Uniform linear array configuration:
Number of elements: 32
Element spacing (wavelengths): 0.25
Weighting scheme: hann
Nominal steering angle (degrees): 15
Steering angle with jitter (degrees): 13.621
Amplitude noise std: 0.05
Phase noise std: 0.05

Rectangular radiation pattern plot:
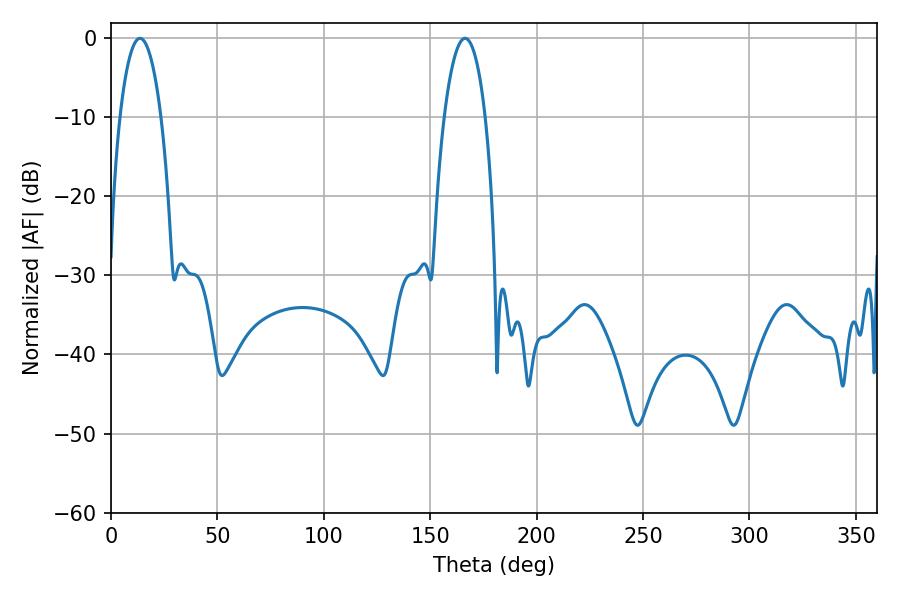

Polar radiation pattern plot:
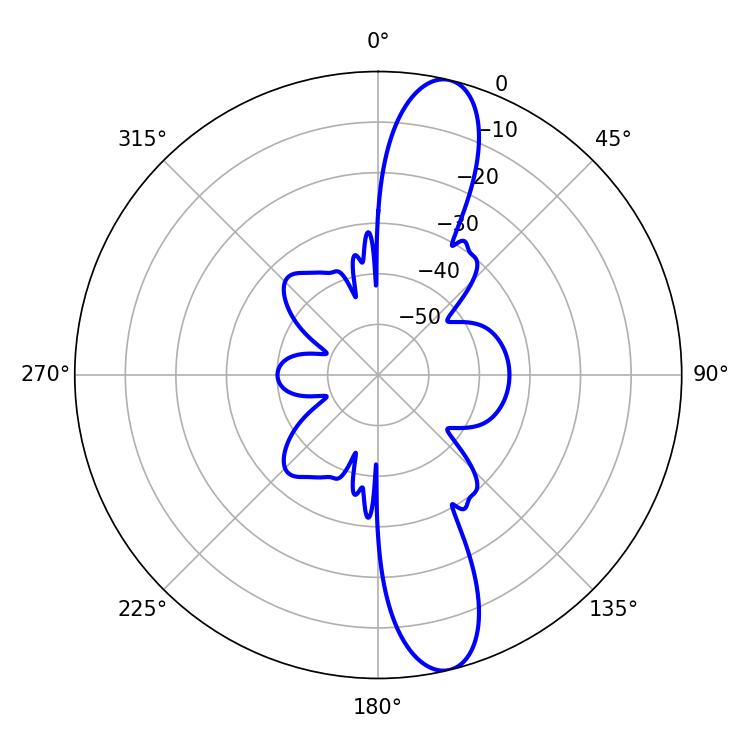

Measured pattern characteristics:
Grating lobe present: FALSE
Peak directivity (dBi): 13.221
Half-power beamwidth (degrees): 10.8
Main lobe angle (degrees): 13.68